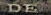
DE